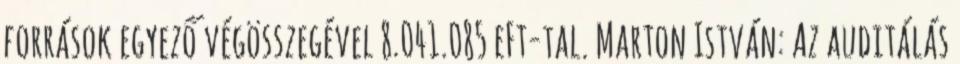
források egyező végösszegével 8.041.085 eFt-tal. Marton István: Az auditálás